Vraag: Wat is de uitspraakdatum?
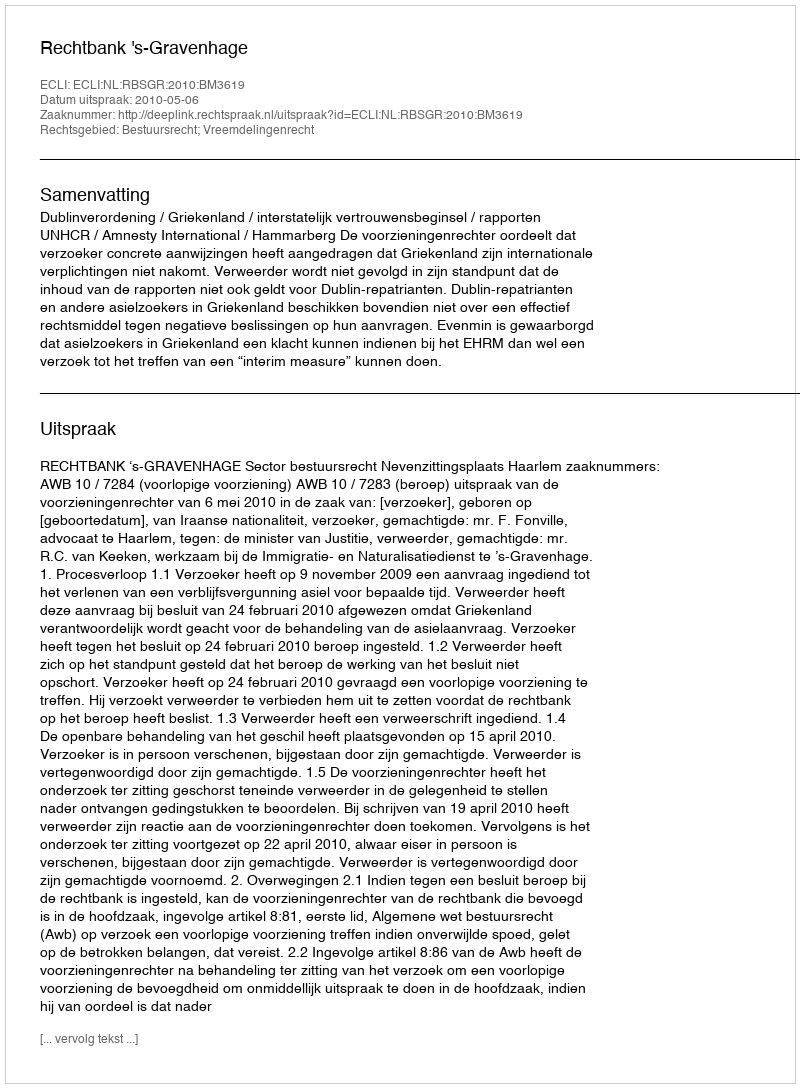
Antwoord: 2010-05-06